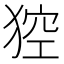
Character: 𤟄